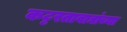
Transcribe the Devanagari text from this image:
कट्टरतावाद्यांच्या